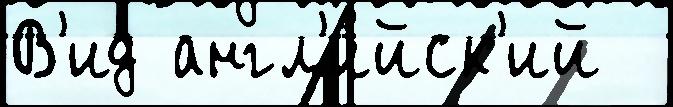
В'ид англ'и́йск'ий